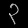
Digit: ၃